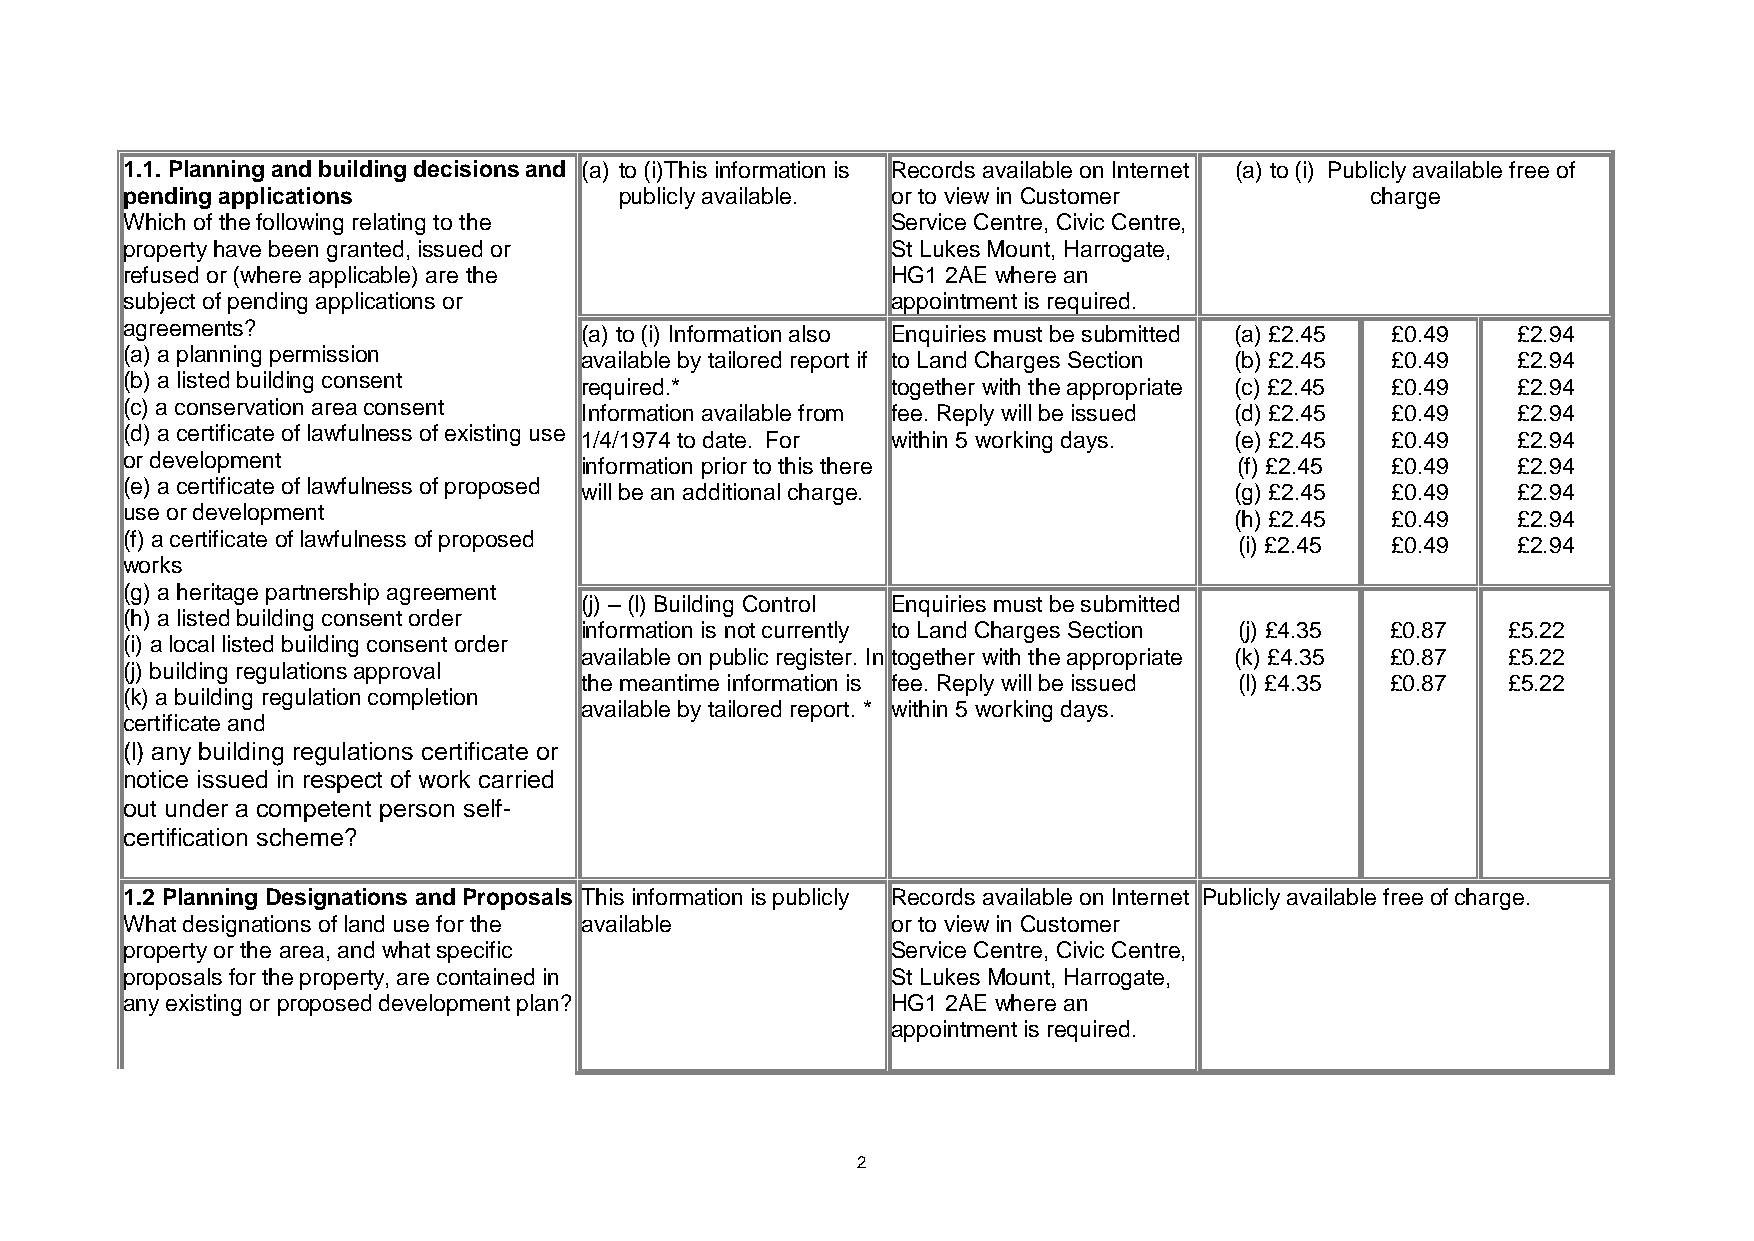
1.1. Planning and building decisions and (a) to (i)This information is Records available on Internet (a) to (i) Publicly available free of
 pending applications             publicly available. or to view in Customer        charge
 Which of the following relating to the             Service Centre, Civic Centre,
 property have been granted, issued or              St Lukes Mount, Harrogate,
 refused or (where applicable) are the              HG1 2AE where an
 subject of pending applications or                 appointment is required.
 agreements?                   (a) to (i) Information also Enquiries must be submitted (a) £2.45 £0.49 £2.94
 (a) a planning permission     available by tailored report if to Land Charges Section (b) £2.45 £0.49 £2.94
 (b) a listed building consent required.*           together with the appropriate (c) £2.45 £0.49 £2.94
 (c) a conservation area consent Information available from fee. Reply will be issued (d) £2.45 £0.49 £2.94
 (d) a certificate of lawfulness of existing use 1/4/1974 to date. For within 5 working days. (e) £2.45 £0.49 £2.94
 or development                information prior to this there             (f) £2.45 £0.49   £2.94
 (e) a certificate of lawfulness of proposed will be an additional charge. (g) £2.45 £0.49   £2.94
 use or development                                                        (h) £2.45 £0.49   £2.94
 (f) a certificate of lawfulness of proposed                               (i) £2.45 £0.49   £2.94
 works
 (g) a heritage partnership agreement
 (j) – (l) Building Control Enquiries must be submitted
 (h) a listed building consent order
 information is not currently to Land Charges Section (j) £4.35 £0.87 £5.22
 (i) a local listed building consent order
 available on public register. In together with the appropriate (k) £4.35 £0.87 £5.22
 (j) building regulations approval
 the meantime information is fee. Reply will be issued (l) £4.35 £0.87 £5.22
 (k) a building regulation completion
 available by tailored report. * within 5 working days.
 certificate and
 (l) any building regulations certificate or
 notice issued in respect of work carried
 out under a competent person self-
 certification scheme?
 1.2 Planning Designations and Proposals This information is publicly Records available on Internet Publicly available free of charge.
 What designations of land use for the available    or to view in Customer
 property or the area, and what specific            Service Centre, Civic Centre,
 proposals for the property, are contained in       St Lukes Mount, Harrogate,
 any existing or proposed development plan?         HG1 2AE where an
 appointment is required.
 2